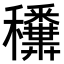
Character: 𥤑